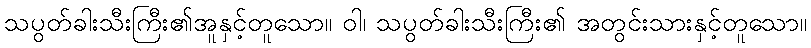
သပွတ်ခါးသီးကြီး၏အူနှင့်တူသော။ ဝါ၊ သပွတ်ခါးသီးကြီး၏ အတွင်းသားနှင့်တူသော။